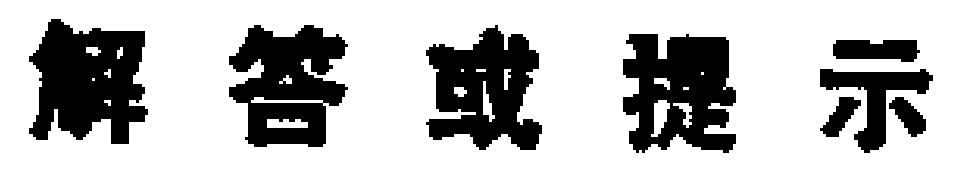
解答或提示